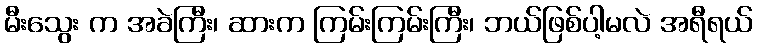
မီးသွေး က အခဲကြီး၊ ဆားက ကြမ်းကြမ်းကြီး၊ ဘယ်ဖြစ်ပါ့မလဲ အရီရယ်